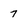
Character: 7